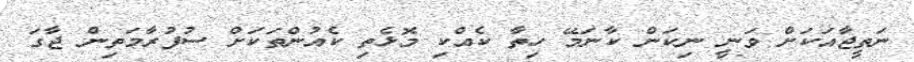
ނަތީޖާއަކަށް ވަނީ ނިކަން ކާނަމޭ ހިތާ ކެއްކި މޮޅެތި ކެއުންތަކަށް ސުފުރާމަތިން ޖާގަ